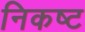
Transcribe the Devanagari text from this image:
निकष्ट